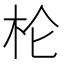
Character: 𰗖